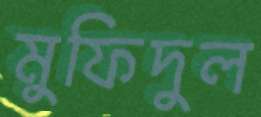
মুফিদুল